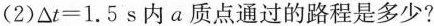
(2)△$$t = 1 . 5$$s内a质点通过的路程是多少?